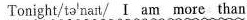
Tonight/təˈnaɪt/ I am more than